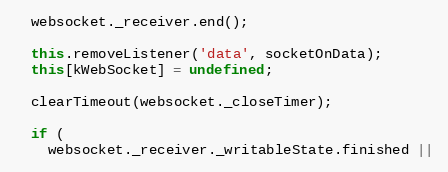
Language: JavaScript
  websocket._receiver.end();

  this.removeListener('data', socketOnData);
  this[kWebSocket] = undefined;

  clearTimeout(websocket._closeTimer);

  if (
    websocket._receiver._writableState.finished ||